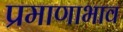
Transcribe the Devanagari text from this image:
प्रमाणाभाव